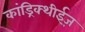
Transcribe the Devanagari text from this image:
कांड्रिक्थीईज़